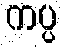
ကပ္ပ